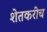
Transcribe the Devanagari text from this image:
शेतकरीच